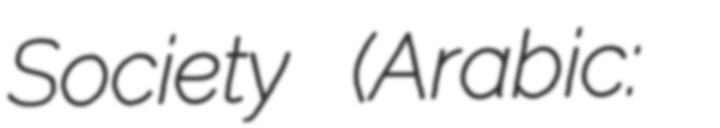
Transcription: Society (Arabic: جمعية